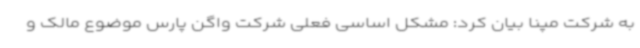
به شرکت مپنا بیان کرد: مشکل اساسی فعلی شرکت واگن پارس موضوع مالک و